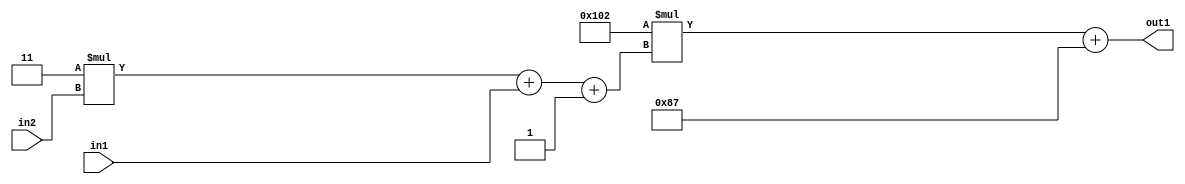
`timescale 1ps / 1ps
/*****************************************************************************
    Verilog RTL Description
    
    
    Created by: Stratus DpOpt 2019.1.01 
*******************************************************************************/

module DC_Filter_Add2i135Mul2i258Add3i1u1Mul2i3u2_4 (
	in2,
	in1,
	out1
	); /* architecture "behavioural" */ 
input [1:0] in2;
input  in1;
output [11:0] out1;
wire [11:0] asc001;
wire [3:0] asc002;

wire [3:0] asc002_tmp_0;
wire [3:0] asc002_tmp_1;
assign asc002_tmp_1 = 
	+(4'B0011 * in2);
assign asc002_tmp_0 = asc002_tmp_1
	+(in1);
assign asc002 = asc002_tmp_0
	+(4'B0001);

wire [11:0] asc001_tmp_2;
assign asc001_tmp_2 = 
	+(12'B000100000010 * asc002);
assign asc001 = asc001_tmp_2
	+(12'B000010000111);

assign out1 = asc001;
endmodule

/* CADENCE  vrTyTA8= : u9/ySgnWtBlWxVPRXgAZ4Og= ** DO NOT EDIT THIS LINE ******/